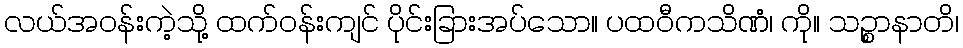
လယ်အဝန်းကဲ့သို့ ထက်ဝန်းကျင် ပိုင်းခြားအပ်သော။ ပထဝီကသိဏံ၊ ကို။ သဉ္စာနာတိ၊